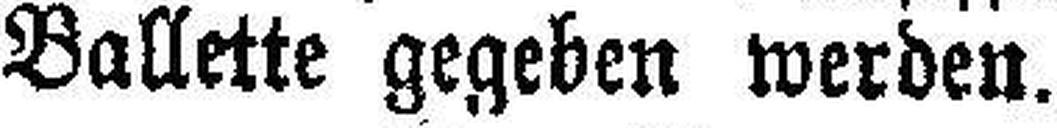
Ballette gegeben werden.